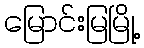
မြောင်းမြမြို့